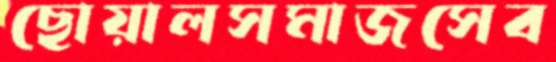
ছোয়ালসমাজসেব